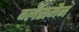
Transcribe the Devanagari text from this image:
ग्लैसमैन